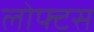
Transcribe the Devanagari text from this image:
लोफ्टस